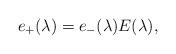
LaTeX: \begin{align*}e_{+}(\lambda)=e_{-}(\lambda)E(\lambda),\end{align*}